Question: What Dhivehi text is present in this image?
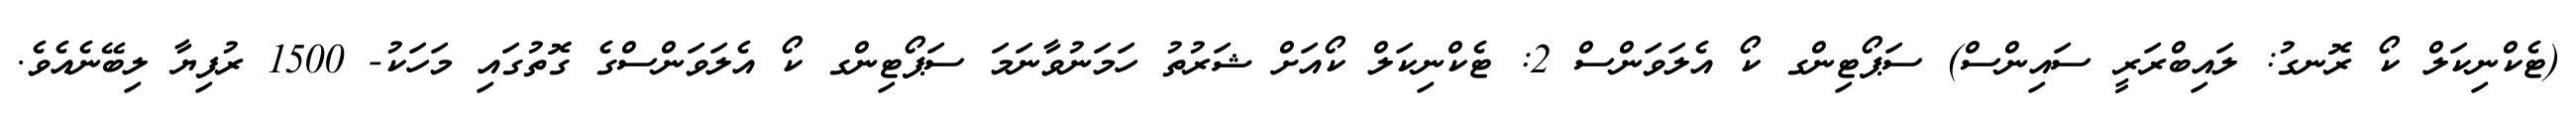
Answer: (ޓެކްނިކަލް ކޯ ރޮނގު: ލައިބްރަރީ ސައިންސް) ސަޕޯޓިންގ ކޯ އެލަވަންސް 2: ޓެކްނިކަލް ކޯއަށް ޝަރުތު ހަމަނުވާނަމަ ސަޕޯޓިންގ ކޯ އެލަވަންސްގެ ގޮތުގައި މަހަކު- 1500 ރުފިޔާ ލިބޭނެއެވެ.